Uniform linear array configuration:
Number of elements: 16
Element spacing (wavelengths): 0.75
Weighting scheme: blackman
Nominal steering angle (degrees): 60
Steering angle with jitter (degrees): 59.805
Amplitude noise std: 0.05
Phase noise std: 0.05

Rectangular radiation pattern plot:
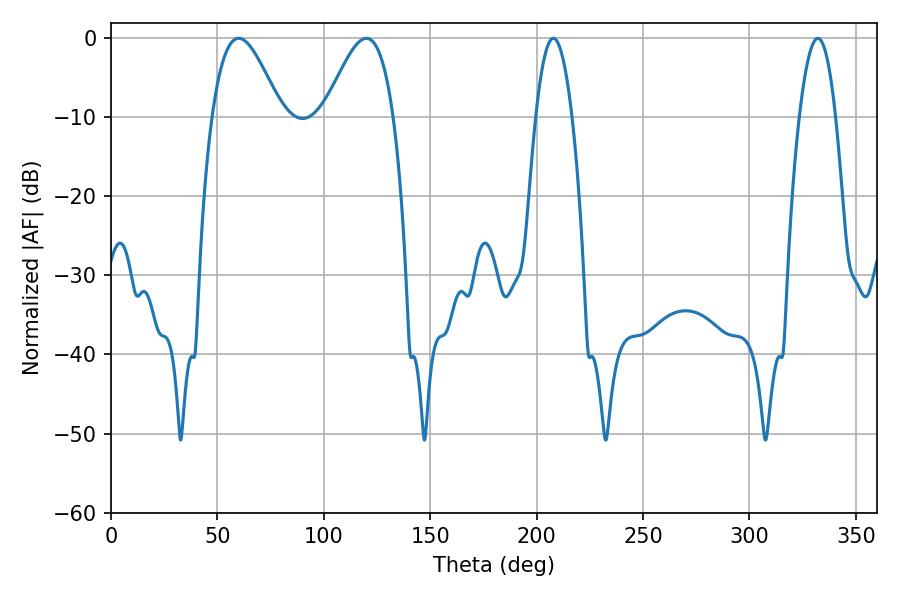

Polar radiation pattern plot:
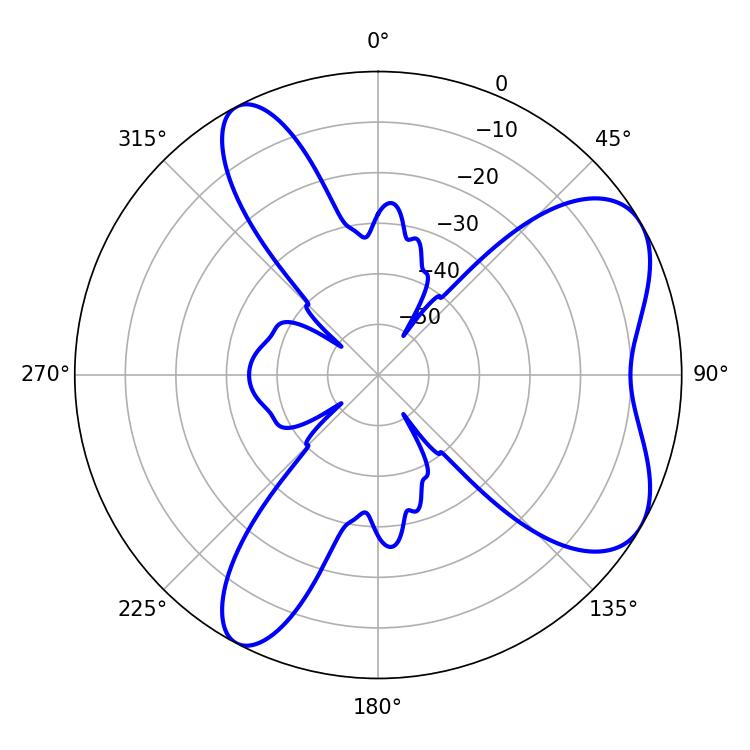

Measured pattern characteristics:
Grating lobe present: TRUE
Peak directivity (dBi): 6.509
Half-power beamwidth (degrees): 17.46
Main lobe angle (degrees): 59.94